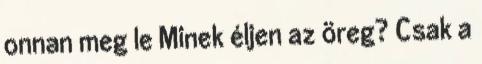
onnan meg le Minek éljen az öreg? Csak a